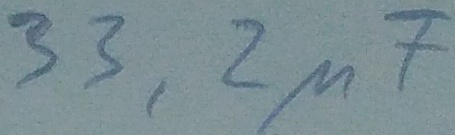
Text: 33,2µF